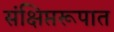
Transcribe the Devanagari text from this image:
संक्षिप्तरूपात